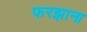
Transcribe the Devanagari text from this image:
फरझाना